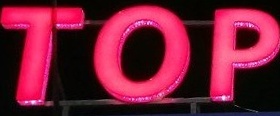
TOP